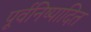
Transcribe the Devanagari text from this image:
पूर्वनिष्पादित